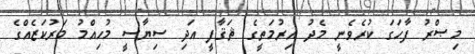
މިޞްރު ފާހަގަ ކުރެވެނީ މެދު އިރުމަތީގެ ޘަޤާފީ އަދި ސިޔާސީ މުހިއްމު މަރުކަޒެއްގެ